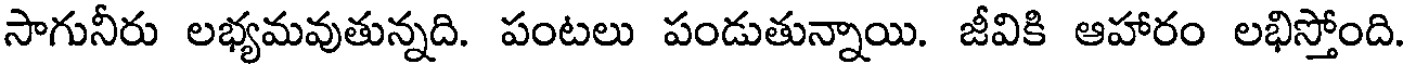
సాగునీరు లభ్యమవుతున్నది. పంటలు పండుతున్నాయి. జీవికి ఆహారం లభిస్తోంది